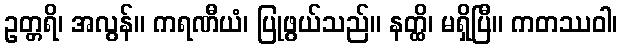
ဥတ္တရိ၊ အလွန်။ ကရဏီယံ၊ ပြုဖွယ်သည်။ နတ္ထိ၊ မရှိပြီ။ ကတဿဝါ၊